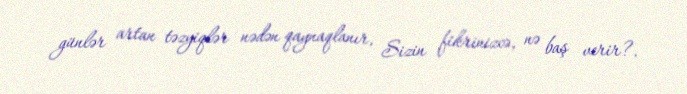
günlər artan təzyiqlər nədən qaynaqlanır, Sizin fikrinizcə, nə baş verir?.